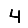
Digit: 4